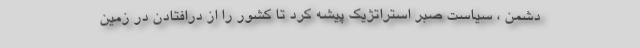
دشمن ، سیاست صبر استراتژیک پیشه کرد تا کشور را از درافتادن در زمین